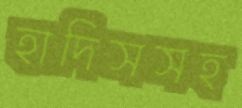
হাদিসসহ